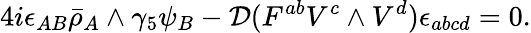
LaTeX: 4i\epsilon_{AB}\bar{\rho}_{A}\wedge\gamma_{5}\psi_{B}-{\cal D}(F^{ab}V^{c}\wedge V^{d})\epsilon_{abcd}=0.